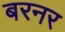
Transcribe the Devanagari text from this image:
बरनर